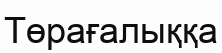
Төрағалыққа